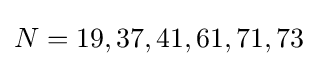
N=19,37,41,61,71,73